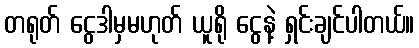
တရုတ် ငွေဒါမှမဟုတ် ယူရို ငွေနဲ့ ရှင်းချင်ပါတယ်။